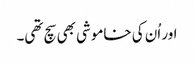
اور اُن کی خاموشی بھی سچ تھی۔